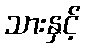
သားနှင့်